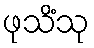
ဖုသိံသု